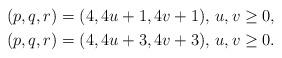
LaTeX: \begin{gather*}(p,q,r)=(4,4u+1,4v+1),\, u,v\geq 0,\\(p,q,r)=(4,4u+3,4v+3),\, u,v\geq 0.\end{gather*}